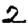
Digit: 2